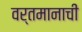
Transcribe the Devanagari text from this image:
वर्तमानाची